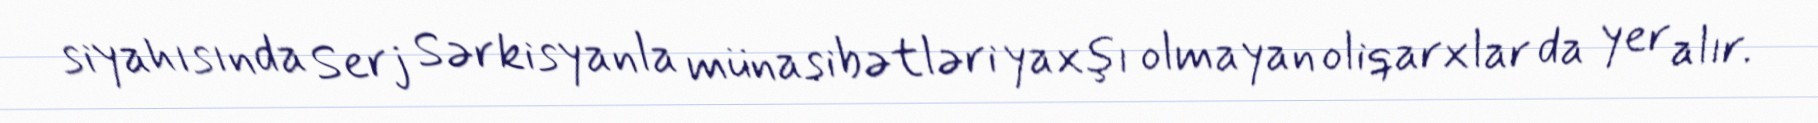
siyahısında Serj Sərkisyanla münasibətləri yaxşı olmayan oliqarxlar da yer alır.